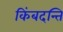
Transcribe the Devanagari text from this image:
किंबदन्ति